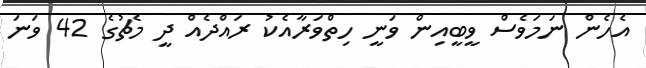
އެހެން ނަމަވެސް ވީބީއިން ވަނީ ހިތްވަރާއެކު ރައްދެއް ދީ މެޗުގެ 42 ވަނަ